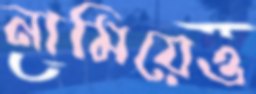
নামিয়েও